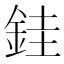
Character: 銈